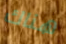
هناك